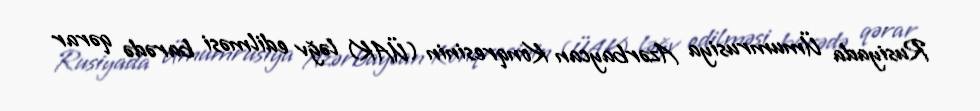
Rusiyada Ümumrusiya Azərbaycan Konqresinin (ÜAK) ləğv edilməsi barədə qərar